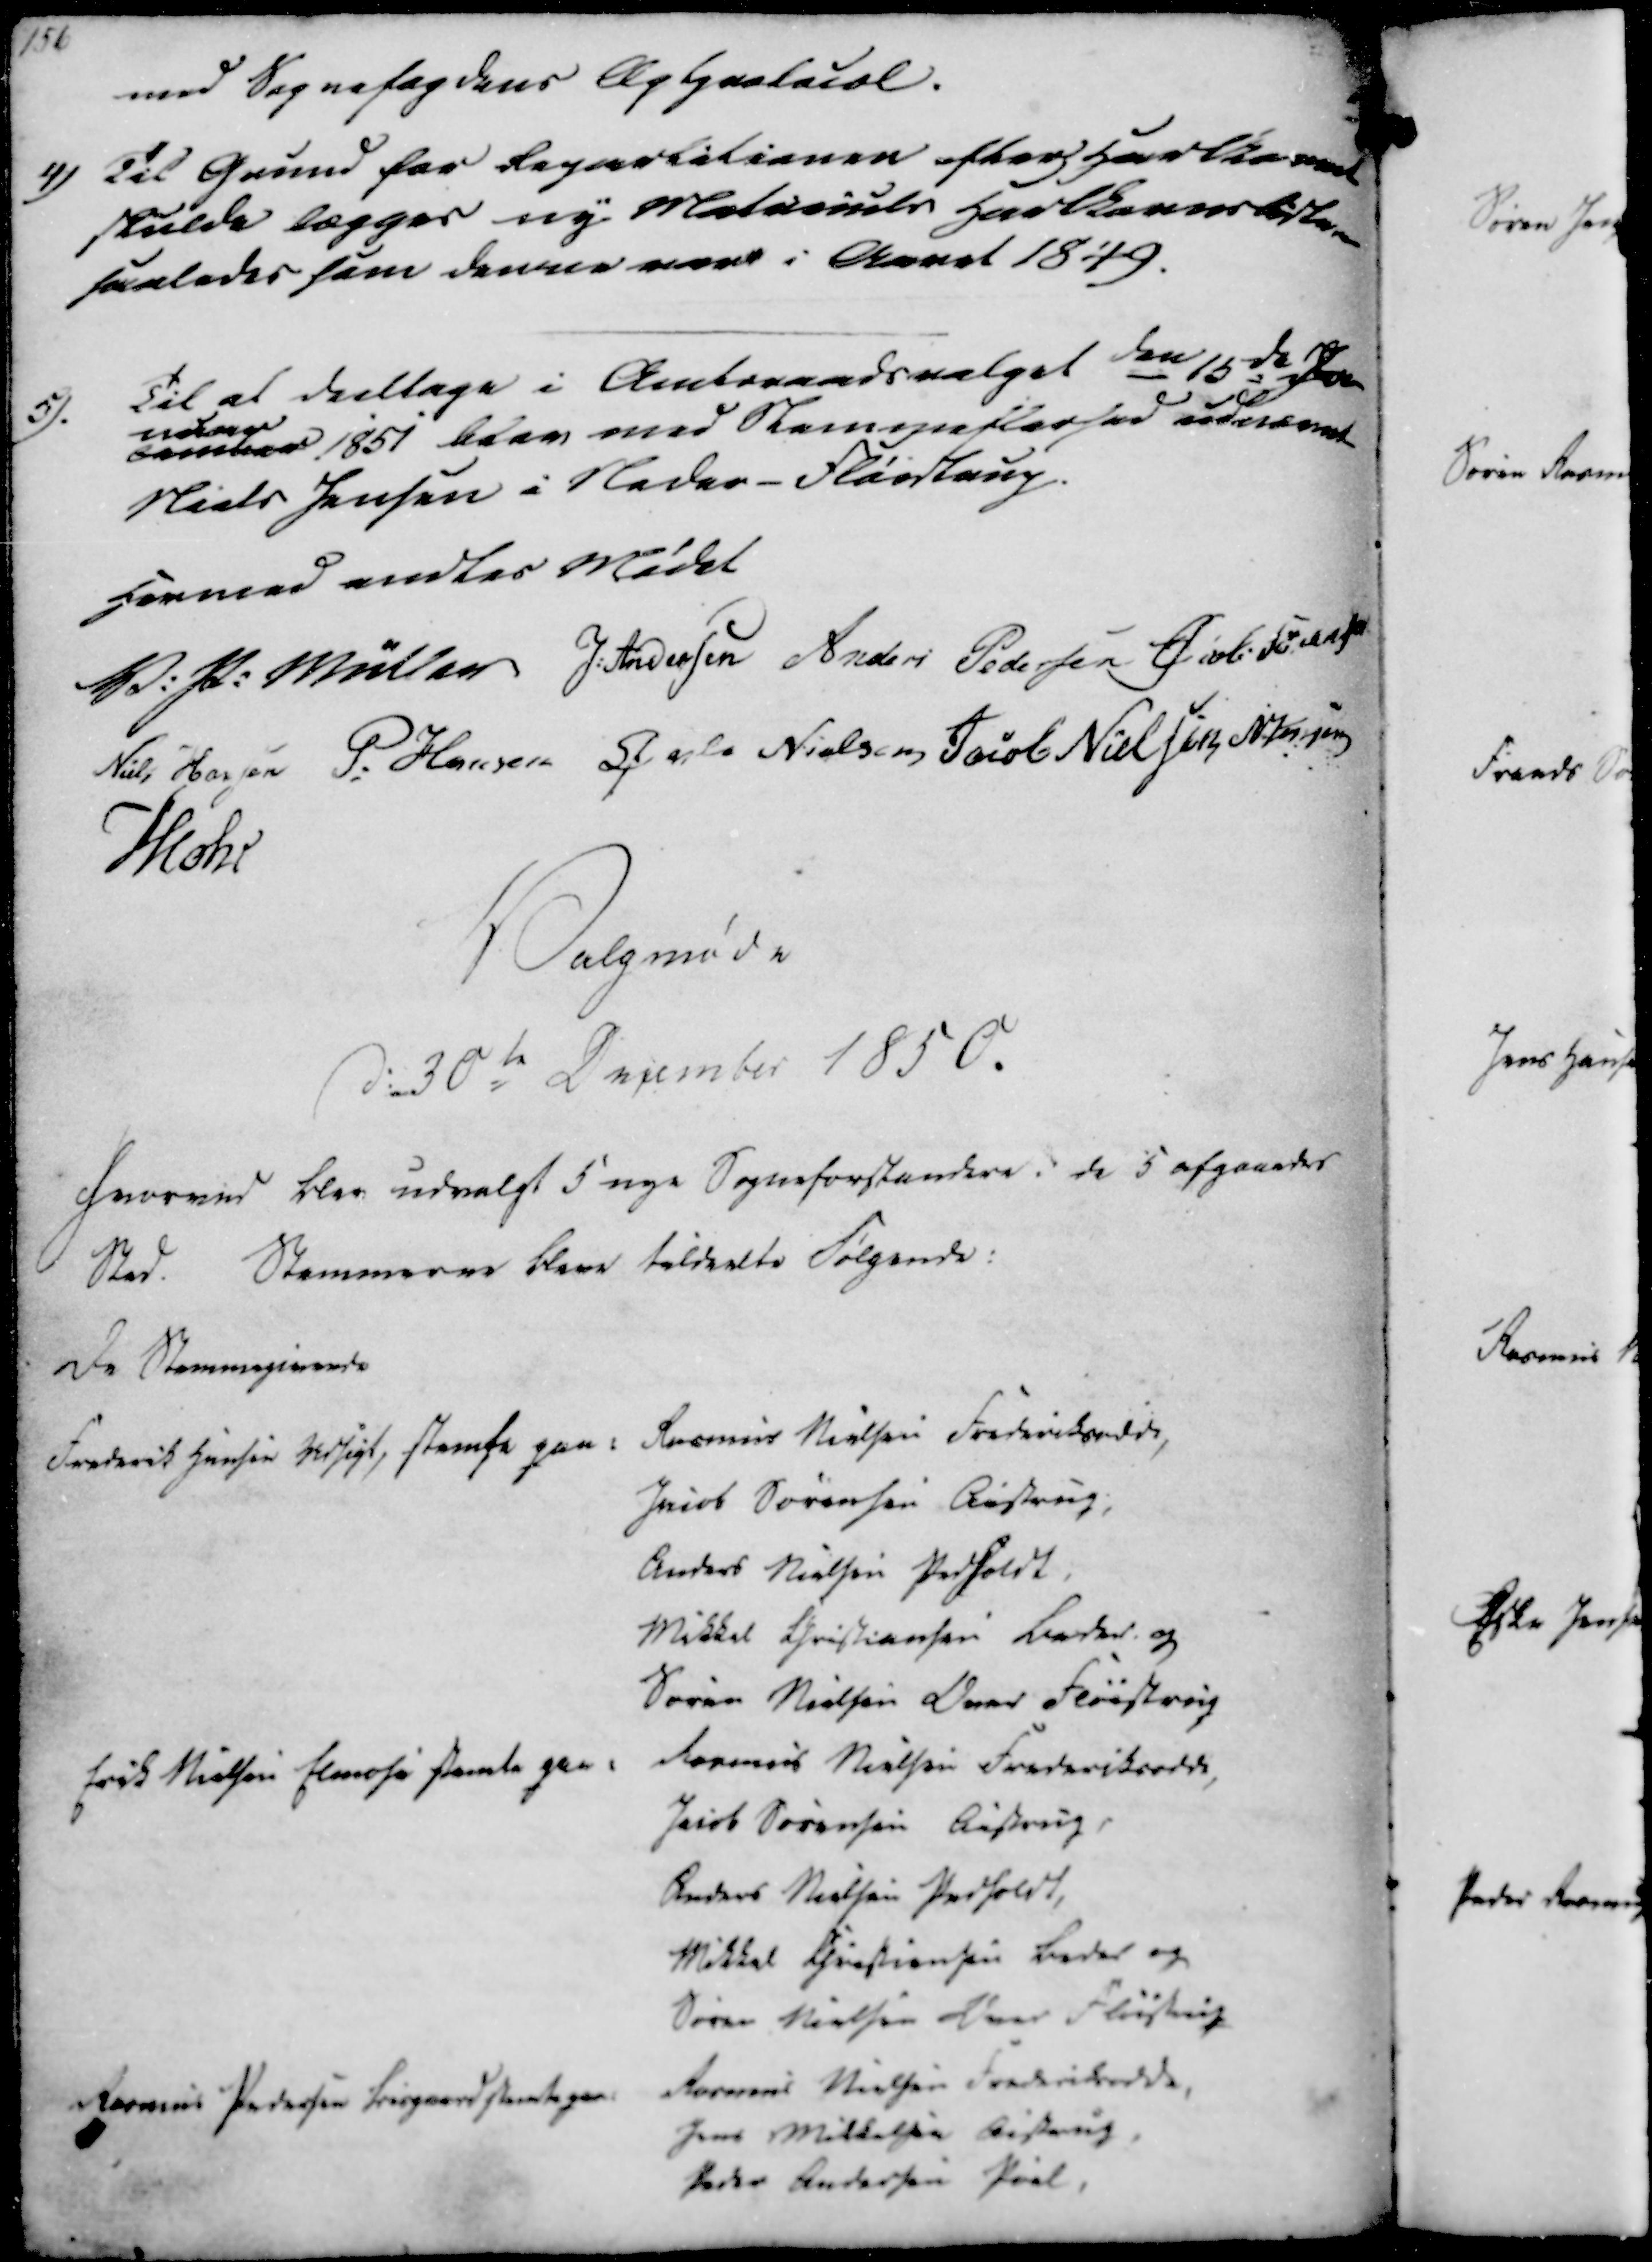
Transskription:
med Sognefogdens Aptprotocol.
4) Til Grund for Repartitionen efter Hartkornet
skulde lægges ny Matricels Hartkorns Lister
saaledes som denne vare i Aaret 1849.
5).
Til at deeltage i Amtsraadsvalget den 15de Ja
cember
nuar
1851 blev med Stemmeflerhed udnævnt
Niels Jensen i Neder-Fløistrup

Hermed endtes Mødet
V. P. Müller
J. Andersen
Anders Pedersen
Øvli Sørensen
Niels Hansen
P. Hansen
Øvle Nielsen
Jacob Nielsen
N. Jensen
Mohr

Valgmøde
D. 30te December 1850. 
Hvorved blev udvalgt 5 nye Sogneforstandere i de 5 afgaaedes
Sted. Stemmerne bleve tildeelte Følgende:
De Stemmegivende

Frederik Hansen Udsigt, stemte paa: Rasmus Nielsen Frederiksodde,
Jacob Sørensen Aistrup,
Anders Nielsen Pedholdt
Mikkel Christiansen Beder og
Søren Nielsen Over Fløistrup
Erik Nielsen Elmose stemte paa
Rasmus Nielsen Frederiksodde,
Jacob Sørensen Aistrup,
Anders Nielsen Pedholdt,
Mikkel Christiansen Beder og
Søren Nielsen Over Fløistrup
Rasmus Pedersen Bisgaard stemte paa
Rasmus Nielsen Frederiksodde
Jens Mikkelsen Aistrup
Peder Andersen Pøel